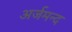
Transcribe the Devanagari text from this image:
अर्जमन्द